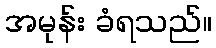
အမုန်း ခံရသည်။